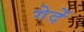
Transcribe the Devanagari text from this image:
गेदें